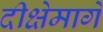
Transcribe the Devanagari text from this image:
दीक्षेमागे